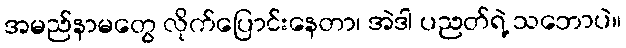
အမည်နာမတွေ လိုက်ပြောင်းနေတာ၊ အဲဒါ ပညတ်ရဲ့ သဘောပဲ။